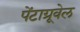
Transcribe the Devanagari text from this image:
पेंटाग्रूवेल